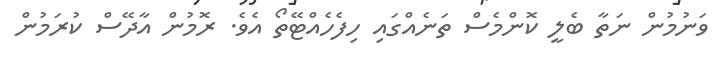
ވަނުމުން ނަތާ ބެލީ ކޮންމެސް ތަނެއްގައި ހިފެހެއްޓޭތޯ އެވެ. ރޮމުން އާދޭސް ކުރަމުން